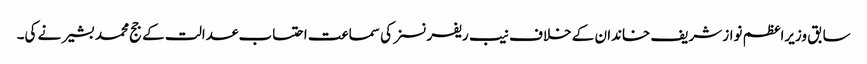
سابق وزیراعظم نواز شریف خاندان کے خلاف نیب ریفرنسز کی سماعت احتساب عدالت کے جج محمد بشیر نے کی۔